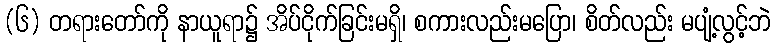
(၆) တရားတော်ကို နာယူရာ၌ အိပ်ငိုက်ခြင်းမရှိ၊ စကားလည်းမပြော၊ စိတ်လည်း မပျံ့လွင့်ဘဲ